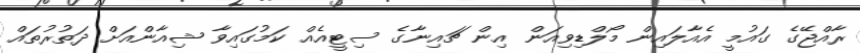
ރާއްޖޭގެ ގައުމީ އެއާލައިން މޯލްޑިވިއަން އިން ޗައިނާގެ ސިޓީއެއް ކަމުގައިވާ ޝިއާންއަށް ދަތުރުތައް